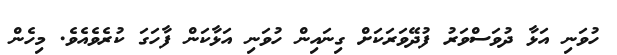
ހުވަނި އަޅާ ދުވަސްވަރު ފުދޭވަރަކަށް ގިނައިން ހުވަނި އަޅާކަން ފާހަގަ ކުރެވެއެވެ. މިހެން